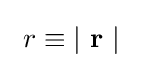
\ r\equiv \left|\ \mathbf {r} \ \right|~